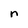
Character: n